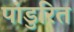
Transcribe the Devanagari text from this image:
पांडुरित